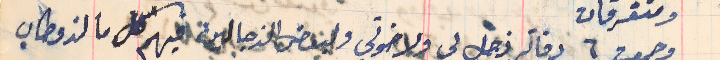
وجمعت ٦ دفاتر زجل لي ولاخوتي ولبعض الزجالين فيهم كل ما لذ وطاب